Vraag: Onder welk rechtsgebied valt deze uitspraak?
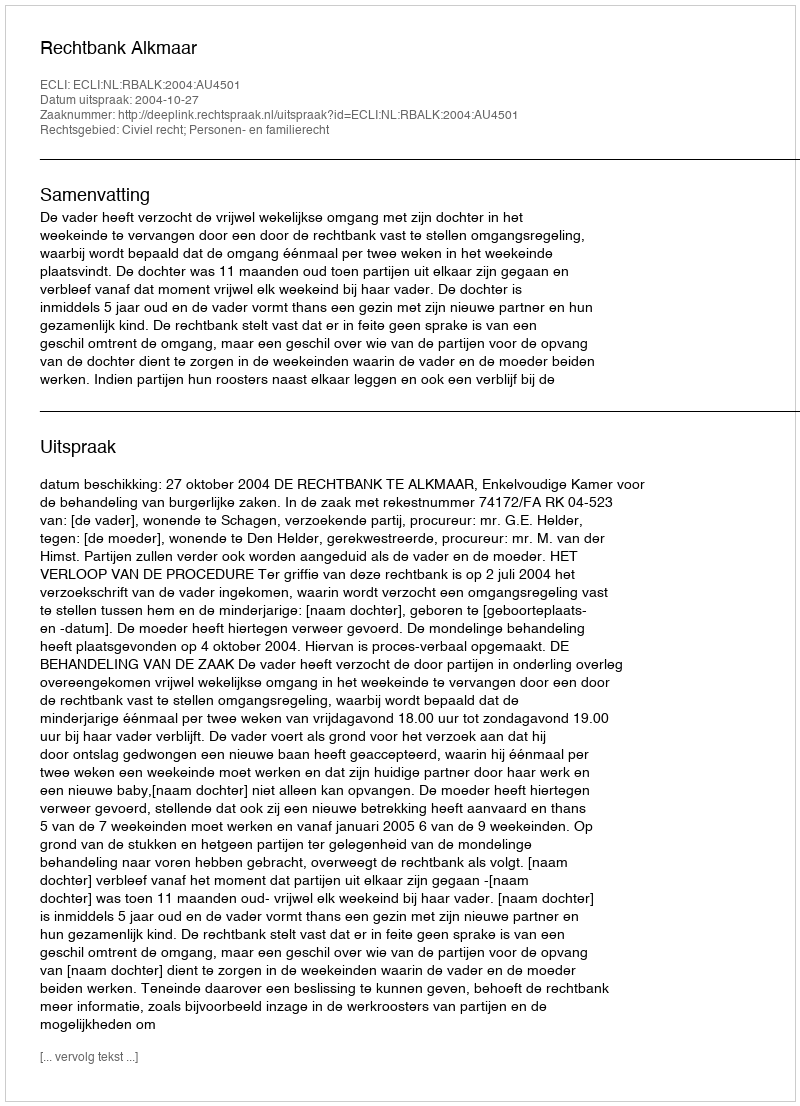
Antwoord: Civiel recht; Personen- en familierecht